Indian journal of veterinary science and animal husbandry - Volume 13,
Year: 1943
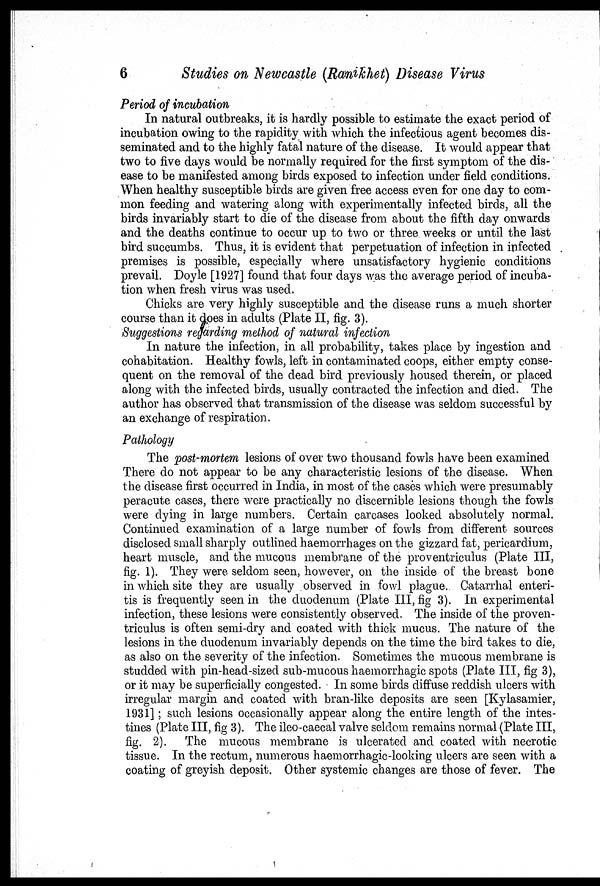
6
Studies on Newcastle (Ranikhet) Disease Virus
Period of incubation
In natural outbreaks, it is hardly possible to estimate the exact period of
incubation owing to the rapidity with which the infectious agent becomes dis-
seminated and to the highly fatal nature of the disease. It would appear that
two to five days would be normally required for the first symptom of the dis-
ease to be manifested among birds exposed to infection under field conditions.
When healthy susceptible birds are given free access even for one day to com-
mon feeding and watering along with experimentally infected birds, all the
birds invariably start to die of the disease from about the fifth day onwards
and the deaths continue to occur up to two or three weeks or until the last
bird succumbs. Thus, it is evident that perpetuation of infection in infected
premises is possible, especially where unsatisfactory hygienic conditions
prevail. Doyle [1927] found that four days was the average period of incuba-
tion when fresh virus was used.
Chicks are very highly susceptible and the disease runs a much shorter
course than it does in adults (Plate II, fig. 3).
Suggestions regarding method of natural infection
In nature the infection, in all probability, takes place by ingestion and
cohabitation. Healthy fowls, left in contaminated coops, either empty conse-
quent on the removal of the dead bird previously housed therein, or placed
along with the infected birds, usually contracted the infection and died. The
author has observed that transmission of the disease was seldom successful by
an exchange of respiration.
Pathology
The post-mortem lesions of over two thousand fowls have been examined
There do not appear to be any characteristic lesions of the disease. When
the disease first occurred in India, in most of the cases which were presumably
peracute cases, there were practically no discernible lesions though the fowls
were dying in large numbers. Certain carcases looked absolutely normal.
Continued examination of a large number of fowls from different sources
disclosed small sharply outlined haemorrhages on the gizzard fat, pericardium,
heart muscle, and the mucous membrane of the proventriculus (Plate III,
fig. 1). They were seldom seen, however, on the inside of the breast bone
in which site they are usually observed in fowl plague. Catarrhal enteri-
tis is frequently seen in the duodenum (Plate III, fig 3). In experimental
infection, these lesions were consistently observed. The inside of the proven-
triculus is often semi-dry and coated with thick mucus. The nature of the
lesions in the duodenum invariably depends on the time the bird takes to die,
as also on the severity of the infection. Sometimes the mucous membrane is
studded with pin-head-sized sub-mucous haemorrhagic spots (Plate III, fig 3),
or it may be superficially congested. In some birds diffuse reddish ulcers with
irregular margin and coated with bran-like deposits are seen [Kylasamier,
1931]; such lesions occasionally appear along the entire length of the intes-
tines (Plate III, fig 3). The ileo-caecal valve seldom remains normal (Plate III,
fig. 2). The mucous membrane is ulcerated and coated with necrotic
tissue. In the rectum, numerous haemorrhagic-looking ulcers are seen with a
coating of greyish deposit. Other systemic changes are those of fever. The